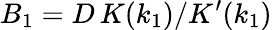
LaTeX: B_{1}=D\, K(k_{1})/K^{\prime}(k_{1})